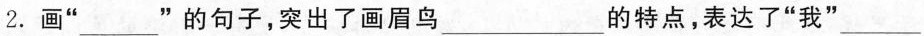
2.画”___”的句子，突出了画眉鸟___的特点，表达了”我” ___